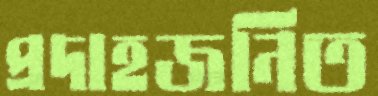
প্রদাহজনিত